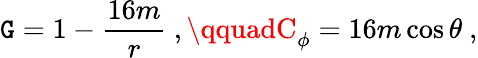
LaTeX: \mathtt{G}=1-{\frac{{16m}}{{r}}}\ ,\qquadC_{\phi}=16m\cos\theta\ ,